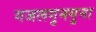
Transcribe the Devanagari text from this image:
गजलगुनगुना